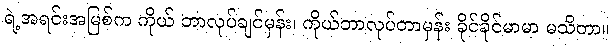
ရဲ့အရင်းအမြစ်က ကိုယ် ဘာလုပ်ချင်မှန်း၊ ကိုယ်ဘာလုပ်တာမှန်း ခိုင်ခိုင်မာမာ မသိတာ။